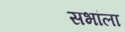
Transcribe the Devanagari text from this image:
सभांला